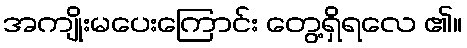
အကျိုးမပေးကြောင်း တွေ့ရှိရလေ ၏။